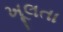
ખૂલતા